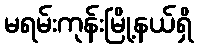
မရမ်းကုန်းမြို့နယ်ရှိ